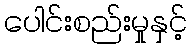
ပေါင်းစည်းမှုနှင့်